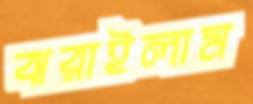
ঝরাইলাম